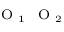
_ { \mathrm { ~ \scriptsize ~ O ~ } _ { 1 } \mathrm { ~ \scriptsize ~ O ~ } _ { 2 } }